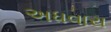
અધવારા